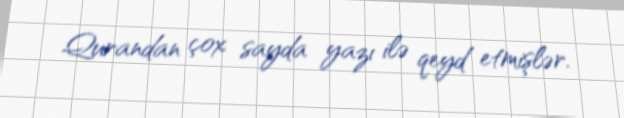
Qurandan çox sayda yazı ilə qeyd etmişlər.